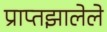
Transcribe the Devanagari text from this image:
प्राप्तझालेले